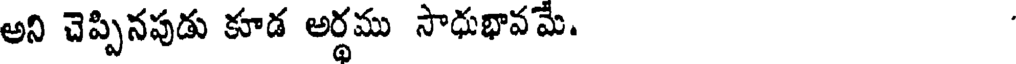
అని చెప్పినపుడు కూడ అర్థము సాధుభావమే.